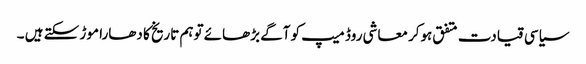
سیاسی قیادت متفق ہوکر معاشی روڈ میپ کو آگے بڑھائے توہم تاریخ کا دھارا موڑ سکتے ہیں ۔